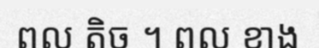
ពល តិច ។ ពល ខាង